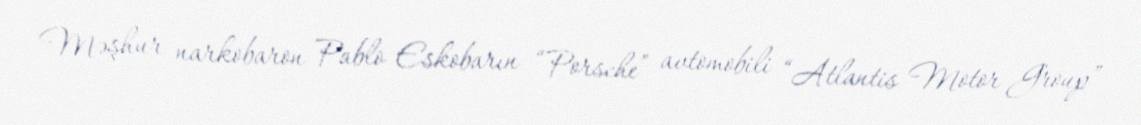
Məşhur narkobaron Pablo Eskobarın “Porsche” avtomobili “Atlantis Motor Group”